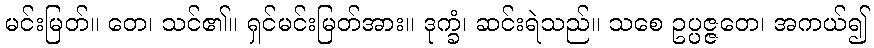
မင်းမြတ်။ တေ၊ သင်၏။ ရှင်မင်းမြတ်အား။ ဒုက္ခံ၊ ဆင်းရဲသည်။ သစေ ဥပ္ပဇ္ဇတေ၊ အကယ်၍